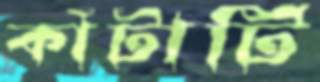
কাঁটাটি